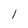
Character: 1